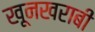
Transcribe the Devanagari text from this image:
खूनखराबी